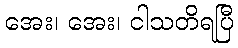
အေး၊ အေး၊ ငါသတိရပြီ